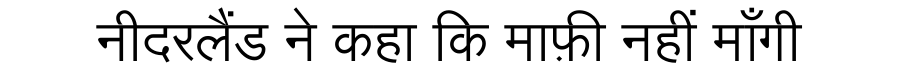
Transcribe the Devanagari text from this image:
नीदरलैंड ने कहा कि माफ़ी नहीं माँगी